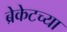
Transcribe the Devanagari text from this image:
ब्रेकेटच्या